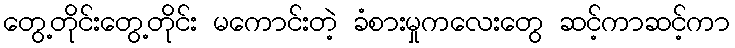
တွေ့တိုင်းတွေ့တိုင်း မကောင်းတဲ့ ခံစားမှုကလေးတွေ ဆင့်ကာဆင့်ကာ